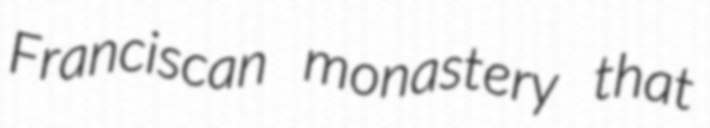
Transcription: Franciscan monastery that